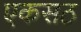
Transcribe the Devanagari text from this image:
एकसठ